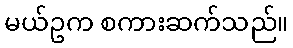
မယ်ဥက စကားဆက်သည်။